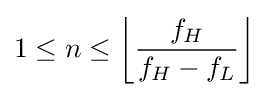
1\leq n\leq \left\lfloor {\frac {f_{H}}{f_{H}-f_{L}}}\right\rfloor